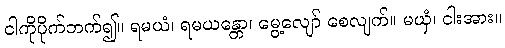
ငါကိုပိုက်ဘက်၍။ ရမယံ၊ ရမယန္တော၊ မွေ့လျော် စေလျက်။ မယှံ၊ ငါးအား။